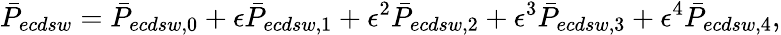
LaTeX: \bar{P}_{ecdsw}=\bar{P}_{ecdsw,0}+\epsilon\bar{P}_{ecdsw,1}+\epsilon^{2}\bar{P}_{ecdsw,2}+\epsilon^{3}\bar{P}_{ecdsw,3}+\epsilon^{4}\bar{P}_{ecdsw,4},